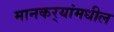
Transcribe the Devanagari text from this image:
मानकर्‍यांमधील